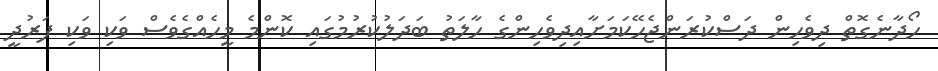
ހޯދާނެގޮތް ދިވެހިން ދަސްކުރަންޖެހޭކަމަށާއިދިވެހިންގެ ހާލަތު ބަދަލުކުރުމުގައި ކޮންމެ މީހެއްގެވެސް ވަކި ވަކި ފަރުދީ